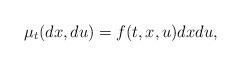
LaTeX: \begin{align*}\mu_t(dx, du) = f(t, x, u) dx du,\end{align*}